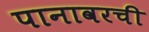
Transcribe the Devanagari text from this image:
पानावरची